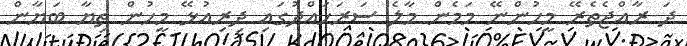
ދަ ރާއްޖެތެރޭ މީހުންނޭ މަމެން މާލެ ސަރަހައްދުގައި ދިރިއުޅޭ މީހުން ތިޔާ ބަޔާން